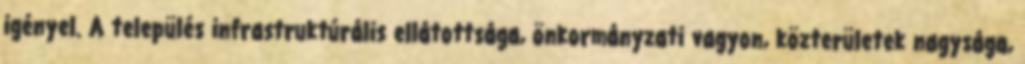
igényel. A település infrastruktúrális ellátottsága, önkormányzati vagyon, közterületek nagysága,